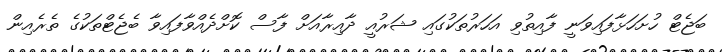
ބަޖެޓް ހުށަހަޅާފައިވަނީ ފާއިތުވި އަހަރުތަކުގައި ޝަރުއީ ދާއިރާއަށް ފާސް ކޮށްދެއްވާފައިވާ ބެޖެޓްތަކުގެ ތެރެއިން